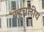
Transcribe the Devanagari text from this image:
बहुचलीय